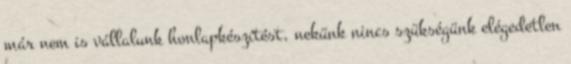
már nem is vállalunk honlapkészítést, nekünk nincs szükségünk elégedetlen